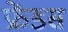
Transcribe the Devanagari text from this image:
फ्रेंडस